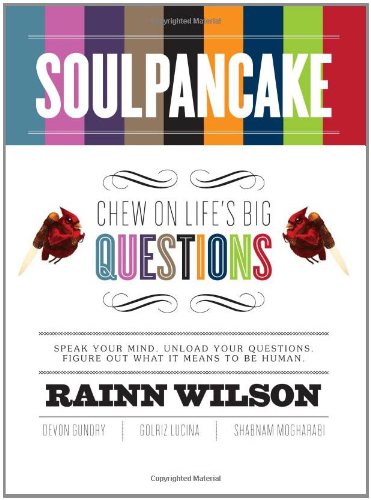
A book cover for SoulPancake: Chew on Life's Big Questions; Rainn Wilson; Humor & Entertainment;